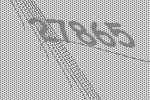
27865